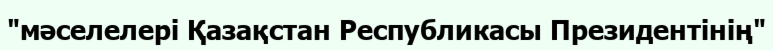
"мәселелері Қазақстан Республикасы Президентінің"